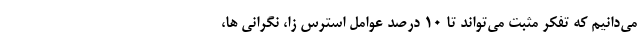
می‌دانیم که تفکر مثبت می‌تواند تا ۱۰ درصد عوامل استرس زا، نگرانی ها،